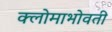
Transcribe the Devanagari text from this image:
क्लोमाभोवती